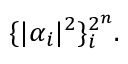
\{ | \alpha _ { i } | ^ { 2 } \} _ { i } ^ { 2 ^ { n } } .